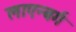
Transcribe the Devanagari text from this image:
लाएन्बर्ग